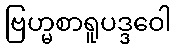
ဗြဟ္မစာရူပဒ္ဒဝေါ